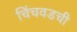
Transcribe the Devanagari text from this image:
चिंचवडची